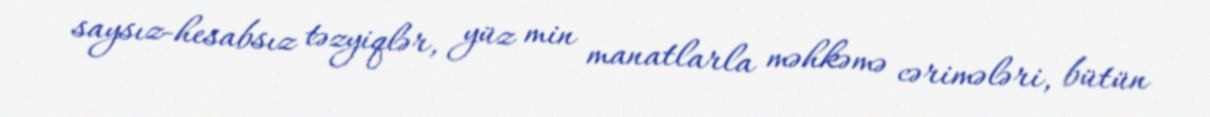
saysız-hesabsız təzyiqlər, yüz min manatlarla məhkəmə cərimələri, bütün